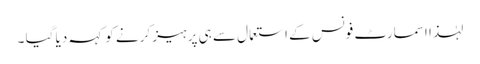
لہٰذا اسمارٹ فونس کے استعمال سے ہی پرہیز کرنے کو کہہ دیا گیا ۔